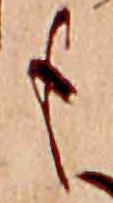
も